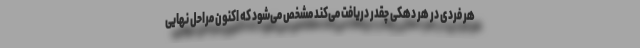
هر فردی در هر دهکی چقدر دریافت می‌کند مشخص می‌شود که اکنون مراحل نهایی